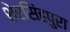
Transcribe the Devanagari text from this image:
शेरसिंहपुरा